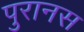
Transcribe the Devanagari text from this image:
पुरानस